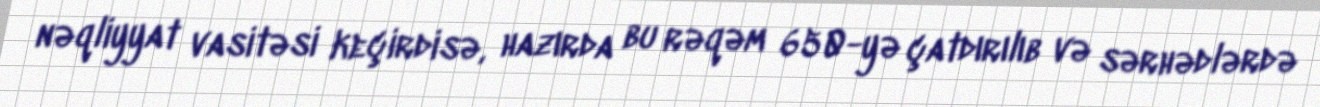
nəqliyyat vasitəsi keçirdisə, hazırda bu rəqəm 650-yə çatdırılıb və sərhədlərdə